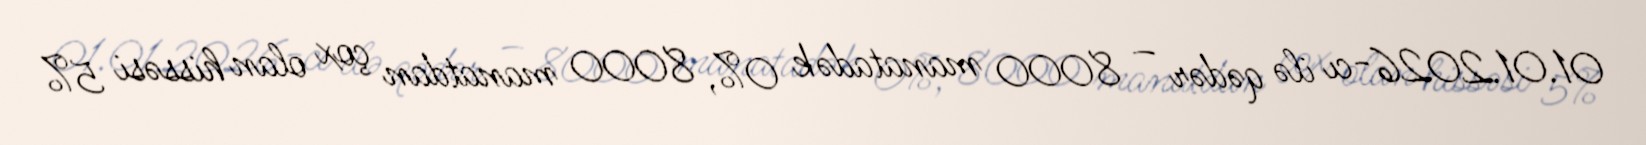
01.01.2026-cı ilə qədər – 8000 manatadək 0%, 8000 manatdan çox olan hissəsi 5%